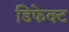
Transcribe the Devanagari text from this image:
डिफेक्‍ट